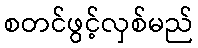
စတင်ဖွင့်လှစ်မည်